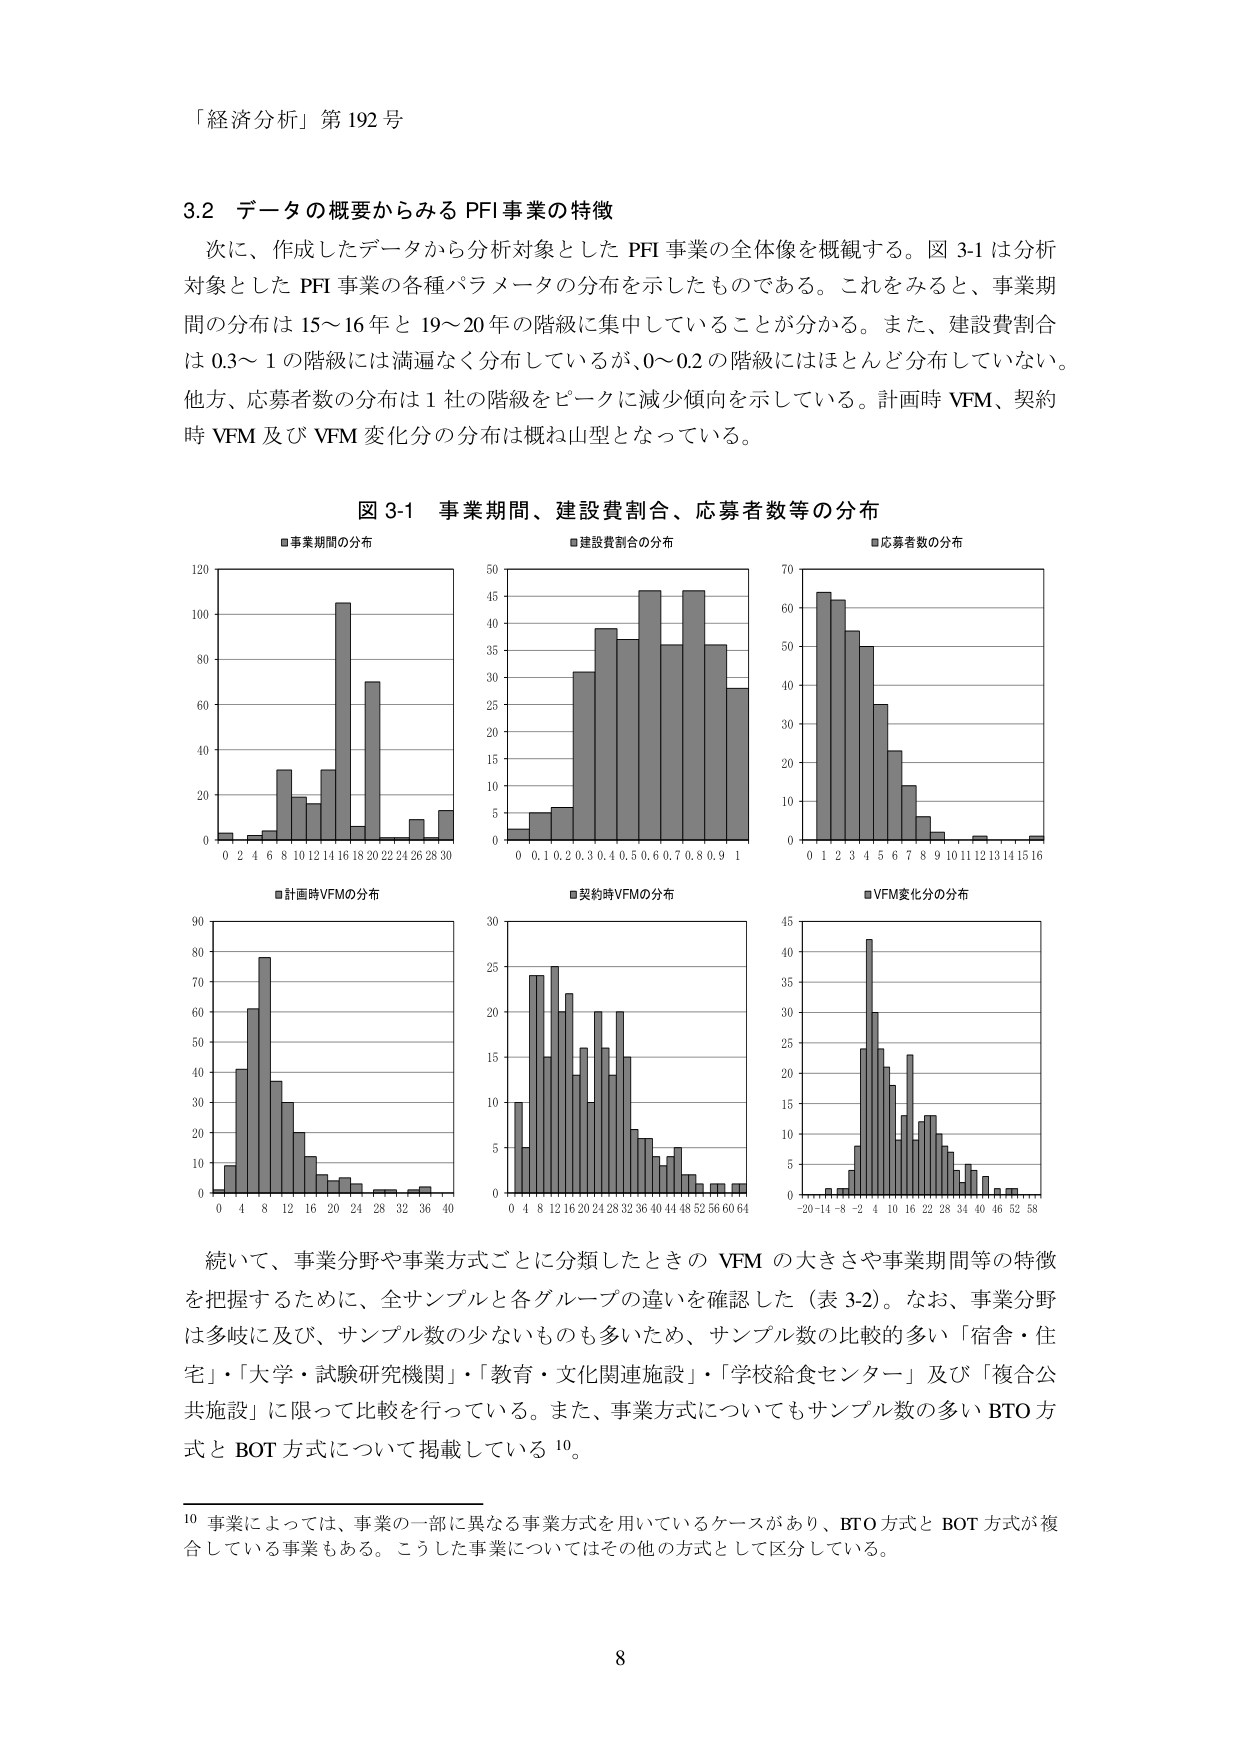
「経済分析」第192号

3.2 データの概要からみるPFI事業の特徴
次に、作成したデータから分析対象としたPFI事業の全体像を概観する。図3-1は分析対象としたPFI事業の各種パラメータの分布を示したものである。これを見ると、事業期間の分布は15～16年と19～20年の階級に集中していることが分かる。また、建設費割合は0.3～1の階級には満遍なく分布しているが、0～0.2の階級にはほとんど分布していない。他方、応募者数の分布は1社の階級をピークに減少傾向を示している。計画時VFM、契約時VFM及びVFM変化分の分布は概ね山型となっている。

図3-1 事業期間、建設費割合、応募者数等の分布
■事業期間の分布
■建設費割合の分布
■応募者数の分布
■計画時VFMの分布
■契約時VFMの分布
■VFM変化分の分布

続いて、事業分野や事業方式ごとに分類したときのVFMの大きさや事業期間等の特徴を把握するために、全サンプルと各グループの違いを確認した（表3-2）。なお、事業分野は多岐に及び、サンプル数の少ないものも多いため、サンプル数の比較的多い「宿舎・住宅」・「大学・試験研究機関」・「教育・文化関連施設」・「学校給食センター」及び「複合公共施設」に限って比較を行っている。また、事業方式についてもサンプル数の多いBTO方式とBOT方式について掲載している10。

10 事業によっては、事業の一部に異なる事業方式を用いているケースがあり、BTO方式とBOT方式が複合している事業もある。こうした事業についてはその他の方式として区分している。

8